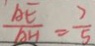
\frac { A E } { A H } = \frac { 2 } { 5 }